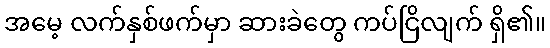
အမေ့ လက်နှစ်ဖက်မှာ ဆားခဲတွေ ကပ်ငြိလျက် ရှိ၏။